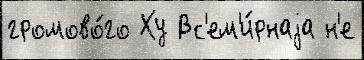
громово́го Ху Вс'ем'и́рнаjа н'е